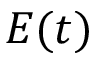
E ( t )